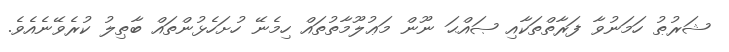
ޝަރުޠު ހަމަނުވާ ފަރާތްތަކާއި ޞައްޙަ ނޫން މަޢުލޫމާތުތައް ހިމެނޭ ހުށަހެޅުންތައް ބާޠިލު ކުރެވޭނެއެވެ.